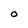
Character: O